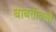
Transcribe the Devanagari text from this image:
बाबतीतली